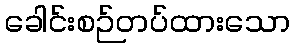
ခေါင်းစဉ်တပ်ထားသော